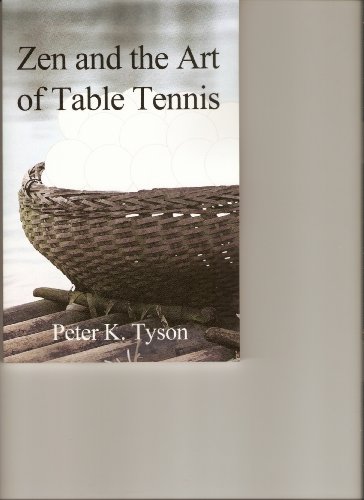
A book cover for Zen and the Art of Table Tennis: A Meditation on Philosophy and Sport; Peter K. Tyson; Sports & Outdoors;